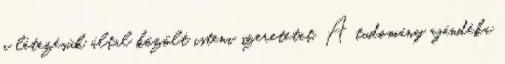
a létezésük által közölt isteni szeretetet. A tudomány ajándéka